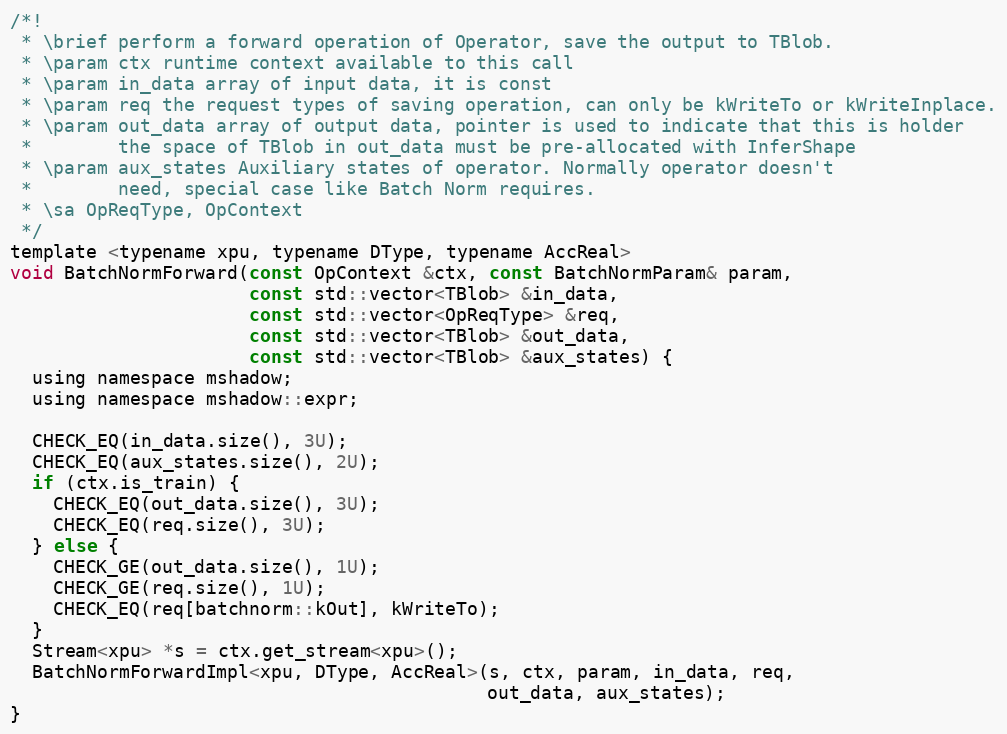
Language: C
/*!
 * \brief perform a forward operation of Operator, save the output to TBlob.
 * \param ctx runtime context available to this call
 * \param in_data array of input data, it is const
 * \param req the request types of saving operation, can only be kWriteTo or kWriteInplace.
 * \param out_data array of output data, pointer is used to indicate that this is holder
 *        the space of TBlob in out_data must be pre-allocated with InferShape
 * \param aux_states Auxiliary states of operator. Normally operator doesn't
 *        need, special case like Batch Norm requires.
 * \sa OpReqType, OpContext
 */
template <typename xpu, typename DType, typename AccReal>
void BatchNormForward(const OpContext &ctx, const BatchNormParam& param,
                      const std::vector<TBlob> &in_data,
                      const std::vector<OpReqType> &req,
                      const std::vector<TBlob> &out_data,
                      const std::vector<TBlob> &aux_states) {
  using namespace mshadow;
  using namespace mshadow::expr;

  CHECK_EQ(in_data.size(), 3U);
  CHECK_EQ(aux_states.size(), 2U);
  if (ctx.is_train) {
    CHECK_EQ(out_data.size(), 3U);
    CHECK_EQ(req.size(), 3U);
  } else {
    CHECK_GE(out_data.size(), 1U);
    CHECK_GE(req.size(), 1U);
    CHECK_EQ(req[batchnorm::kOut], kWriteTo);
  }
  Stream<xpu> *s = ctx.get_stream<xpu>();
  BatchNormForwardImpl<xpu, DType, AccReal>(s, ctx, param, in_data, req,
                                            out_data, aux_states);
}